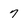
Character: 7